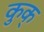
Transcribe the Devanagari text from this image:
कुक्